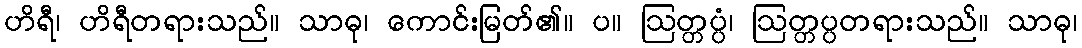
ဟိရီ၊ ဟိရီတရားသည်။ သာဓု၊ ကောင်းမြတ်၏။ ပ။ ဩတ္တပ္ပံ၊ ဩတ္တပ္ပတရားသည်။ သာဓု၊